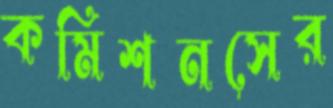
কমিশনসের